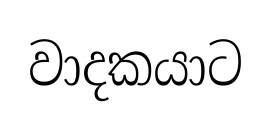
වාදකයාට